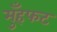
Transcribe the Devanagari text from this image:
मुँहफट